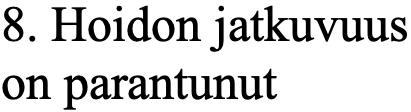
8. Hoidon jatkuvuus on parantunut